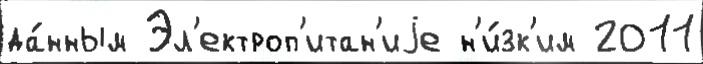
да́нным Эл'ектроп'итан'иjе н'и́зк'им 2011